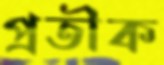
প্রতীক